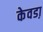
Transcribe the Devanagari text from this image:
केवडा़